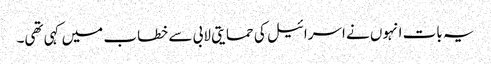
یہ بات انہوں نے اسرائیل کی حمایتی لابی سے خطاب میں کہی تھی۔